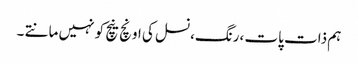
ہم ذات پات ،رنگ،نسل کی اونچ نیچ کو نہیں مانتے ۔